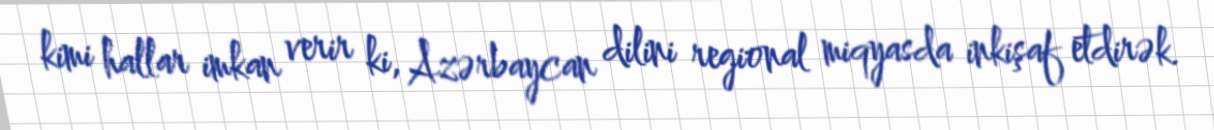
kimi hallar imkan verir ki, Azərbaycan dilini regional miqyasda inkişaf etdirək.